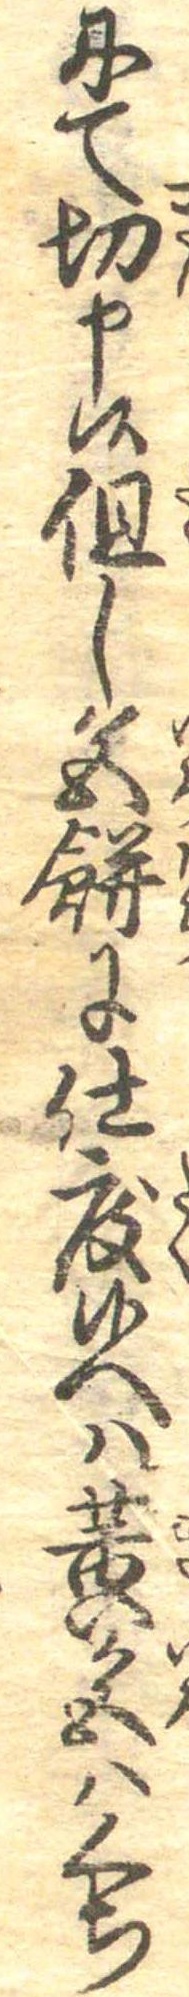
にて切申候但し色餅に仕度候へは黄色はくち